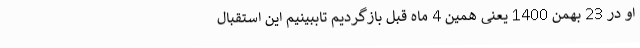
او در 23 بهمن 1400 یعنی همین 4 ماه قبل بازگردیم تاببینیم این استقبال